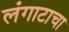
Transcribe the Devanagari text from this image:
लंगाटाचा